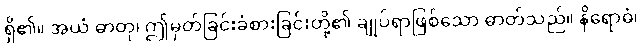
ရှိ၏။ အယံ ဓာတု၊ ဤမှတ်ခြင်းခံစားခြင်းတို့၏ ချုပ်ရာဖြစ်သော ဓာတ်သည်။ နိရောဓံ၊